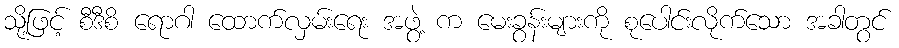
သို့ဖြင့် စီဒီစိ ရောဂါ ထောက်လှမ်းရေး အဖွဲ့ က မေးခွန်းများကို စုပေါင်းလိုက်သော အခါတွင်